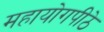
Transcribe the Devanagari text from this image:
महायोगपीठे